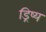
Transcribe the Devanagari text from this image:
ड्रिष्य